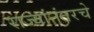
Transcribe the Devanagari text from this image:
राज्यांनंतरचे